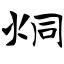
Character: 炯